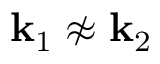
{ \bf k } _ { 1 } \not \approx { \bf k } _ { 2 }